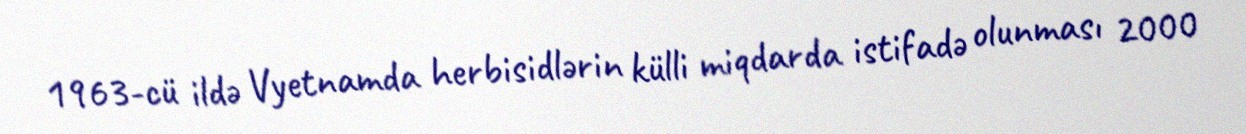
1963-cü ildə Vyetnamda herbisidlərin külli miqdarda istifadə olunması 2000